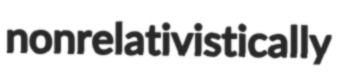
nonrelativistically